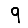
Digit: 9